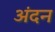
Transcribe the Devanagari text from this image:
अंदन